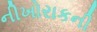
નીખોરાકની